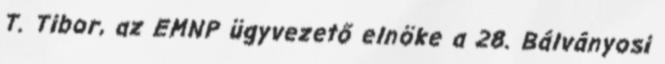
T. Tibor, az EMNP ügyvezető elnöke a 28. Bálványosi